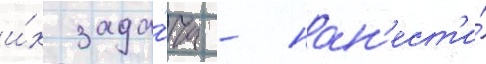
и́х зада́ча - нан'ест'и́